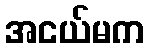
အငယ်မက